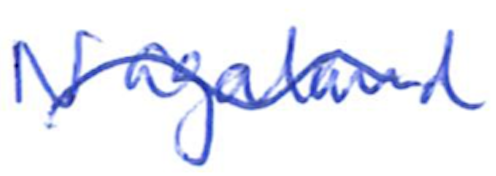
Text: Nagaland
Cross-out: mix
Writing tool: ballpoint